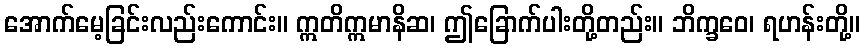
အောက်မေ့ခြင်းလည်းကောင်း။ ဣတိဣမာနိဆ၊ ဤခြောက်ပါးတို့တည်း။ ဘိက္ခဝေ၊ ရဟန်းတို့။